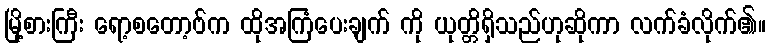
မြို့စားကြီး ရော့စတော့ဗ်က ထိုအကြံပေးချက် ကို ယုတ္တိရှိသည်ဟုဆိုကာ လက်ခံလိုက်၏။